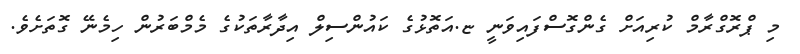
މި ޕްރޮގްރާމް ކުރިއަށް ގެންގޮސްފައިވަނީ ޏ.އަތޮޅުގެ ކަައުންސިލް އިދާރާތަކުގެ މެމްބަރުން ހިމެނޭ ގޮތަށެވެ.